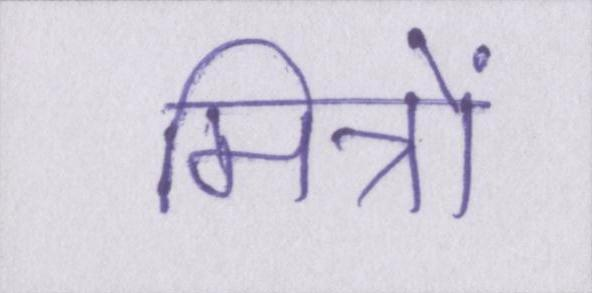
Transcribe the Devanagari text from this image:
मित्रों